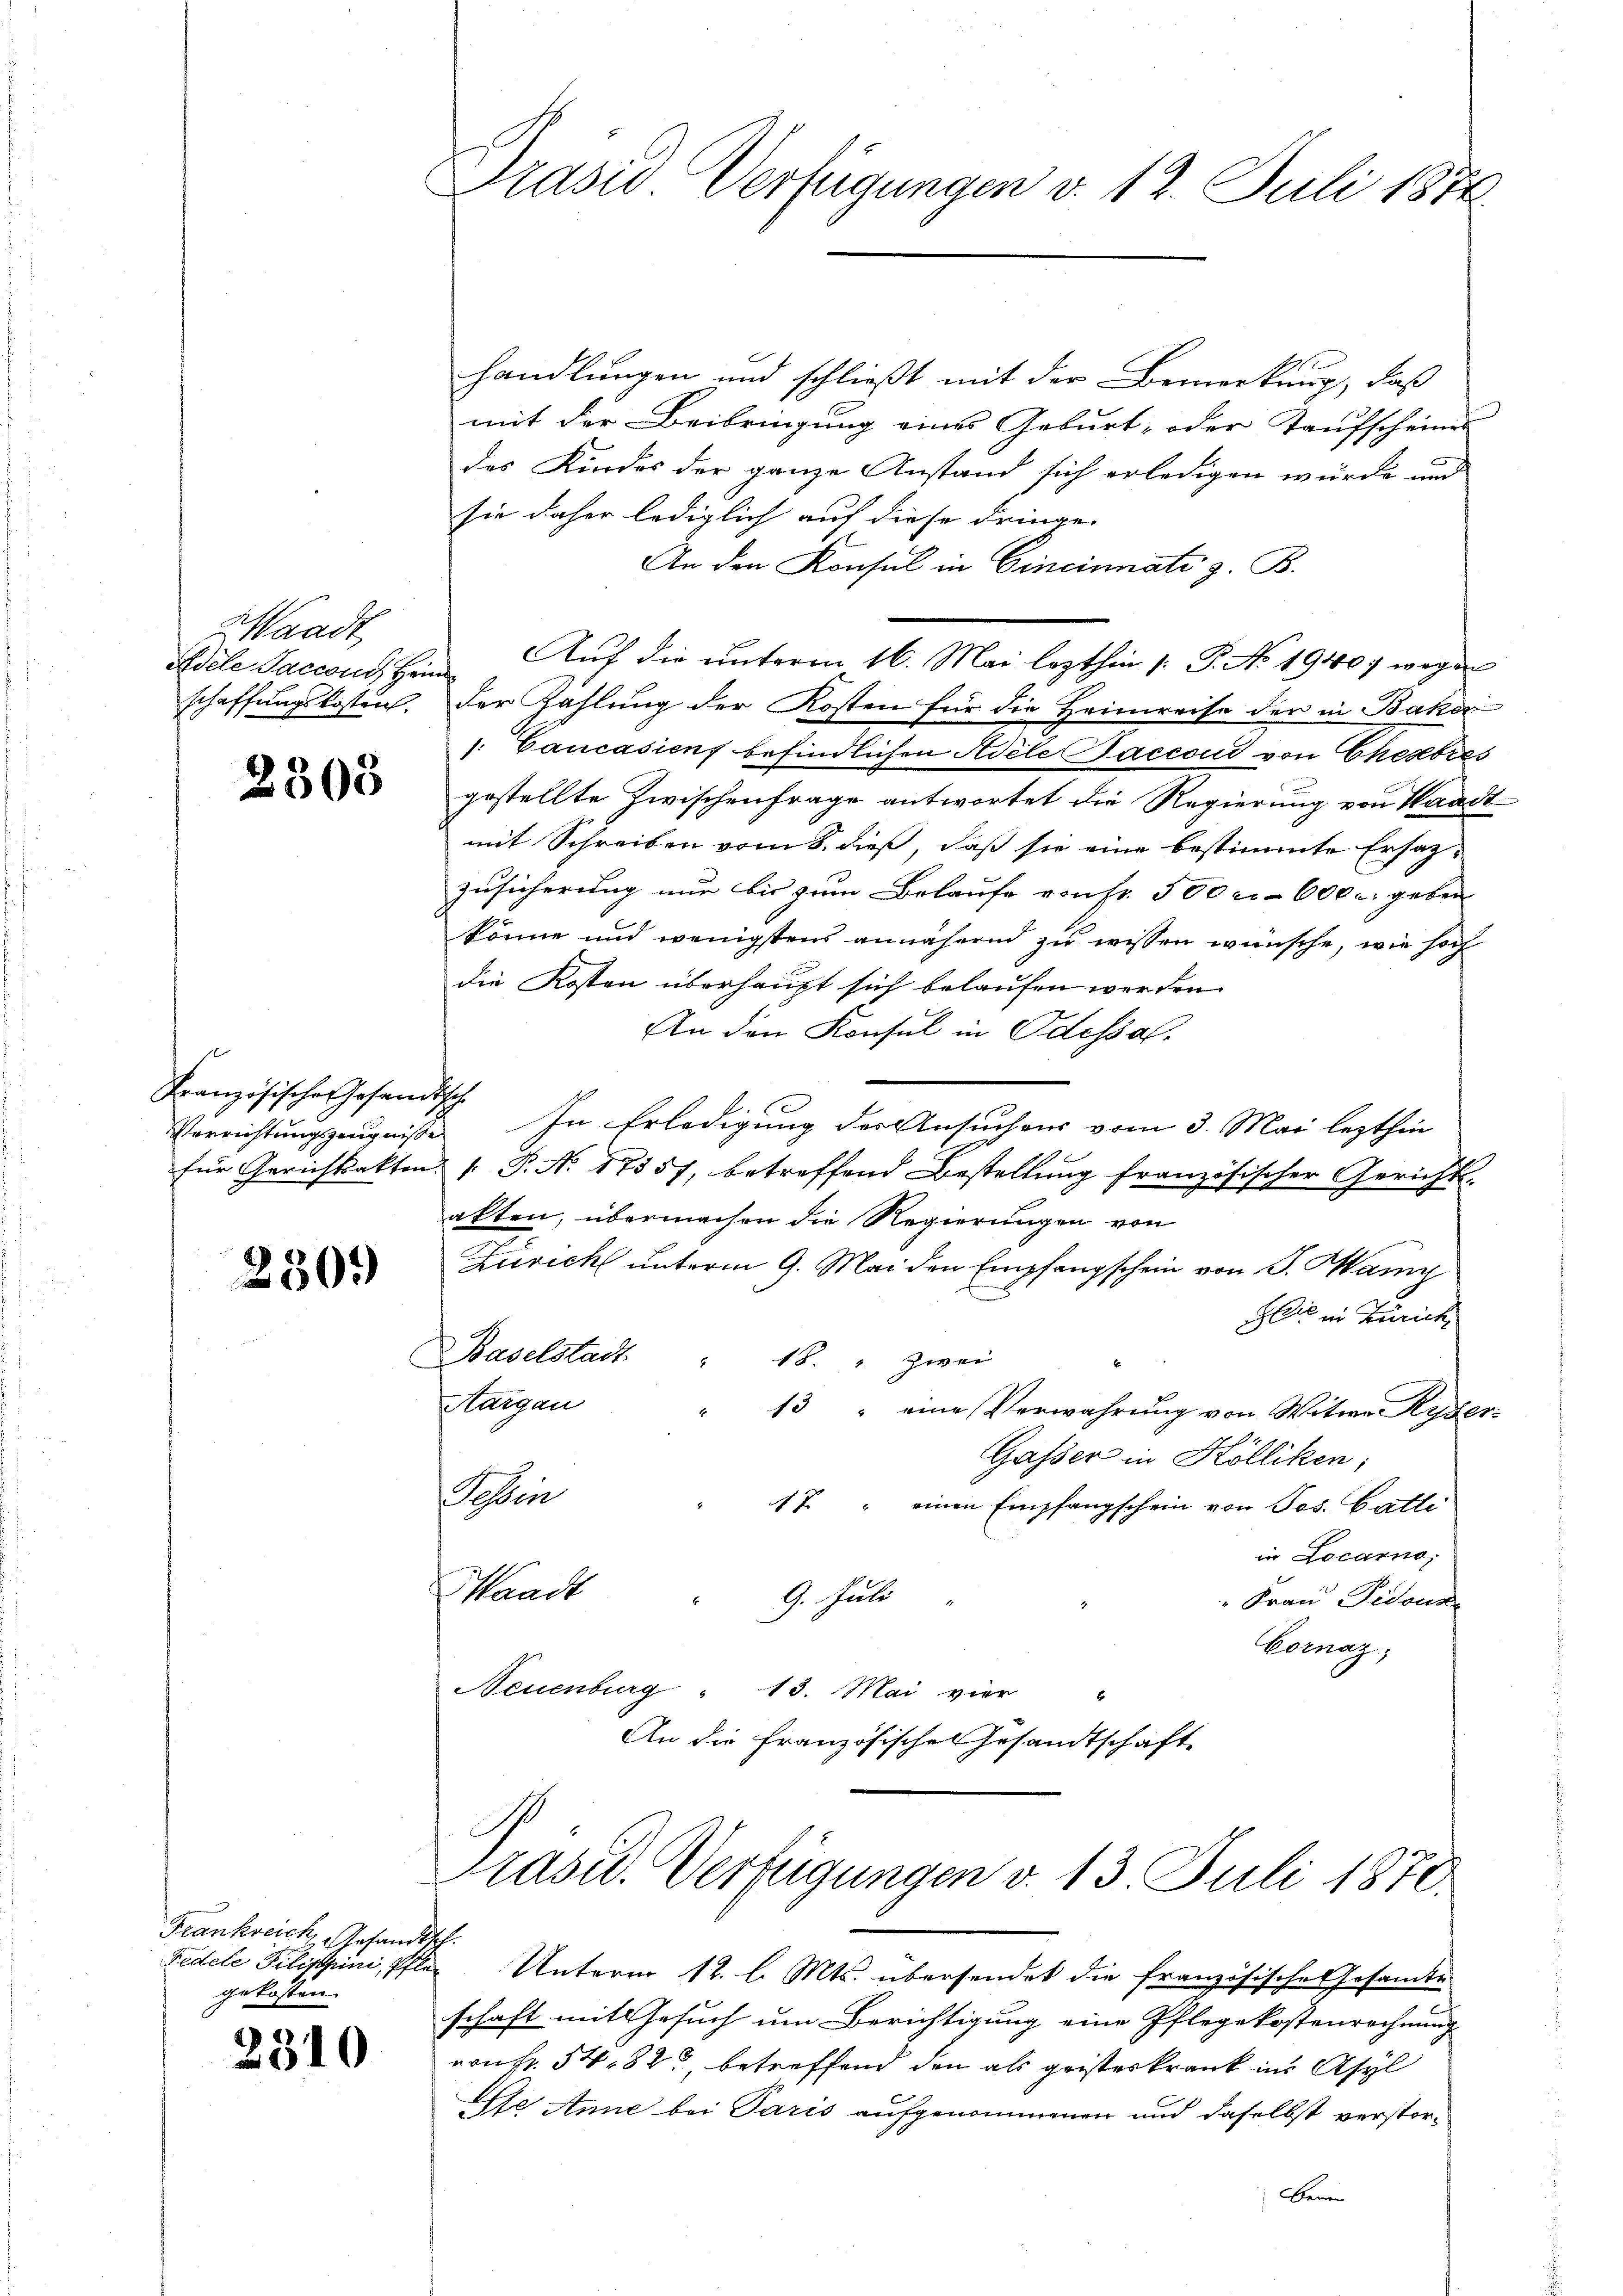
Waadt
Adele Sacconi, Hein
schaffungskosten.

2308

Französisches Gesandtsch
für Gerichtsakten.

230.

Frankreich gesandtsch.
gekosten.

)
010

.

Prasis Verfügungen v. 12. Juli 1874.

handlungen und schließt mit der Bemerkung, daß
mit der Beibringung eines Geburt- oder Kaufscheines
des Kindes der ganze Anstand sich erledigen würde und
sie daher lediglich auf diese dringe
An den Konsul in Cincinnati z. B.
Auf die unterm 16. Mai lezthin /: P. No 19407 wegen
¬
der Zahlung der Kosten für die Heimreise der in Baka
: Cancasiens befindlichen Adele Saccord von Chexores
gestellte Zwischenfrage antwortet die Regierung von Waadt
mit Schreiben vom 8. dieß, daß sie eine bestimmte Ersatz-
Zusicherung nur bis zum Belaufe von Fr. 500 cr. 600 c. geben
könne und wenigstens annähend zu wissen wünsche, wie hoch
die Kosten überhaupt sich belaufen worden.
An den Konsul in Odessal-
e
Verrichtungszeugnisse. In Erledigung des Ansuchens vom 3. Mai lezthin
1 S. Nr. 17557, betreffend Bestellung französischer Gerichtsakten, übermachen die Regierungen von
Zürich unterm 9. Mai den Empfangschein von S. Many
Gleer in Zürich
Baselstadt. " 18. " zwei
Aargau
" 13 " eine Verwahrung von Witwe Ryber
Gasser in Kölliken,
Tessin
17 " einen Empfangschein von Jos. Catli
in Locarno,
Waadt " 9. Juli
" Frau Pidous
Cornaz,
Neuenburg " 13. Mai vier "
An die französischen Gesandtschaft

Präsid. Verfügungen v. 13. Juli 1870.
Fedele Filistini, Pfler Unterm 12. l. Mts. übersendet die französisches Gesamte

schaft mit Gesuch um Berichtigung eine Pflegekostenrechnung
vonFr. 54, 823, betreffend den als geisteskrank ins Asyl
Ese Anne bei Paris aufgenommenen und daselbst verstor¬
Bene